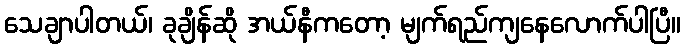
သေချာပါတယ်၊ ခုချိန်ဆို အယ်နီကတော့ မျက်ရည်ကျနေလောက်ပါပြီ။